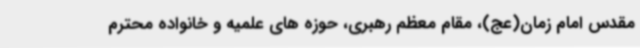
مقدس امام زمان(عج)، مقام معظم رهبری، حوزه های علمیه و خانواده محترم